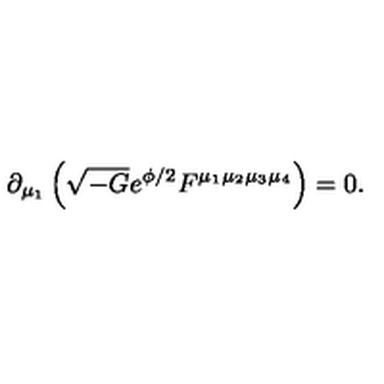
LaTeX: \partial _ { \mu _ { 1 } } \left( \sqrt { - G } e ^ { \phi / 2 } F ^ { \mu _ { 1 } \mu _ { 2 } \mu _ { 3 } \mu _ { 4 } } \right) = 0 .